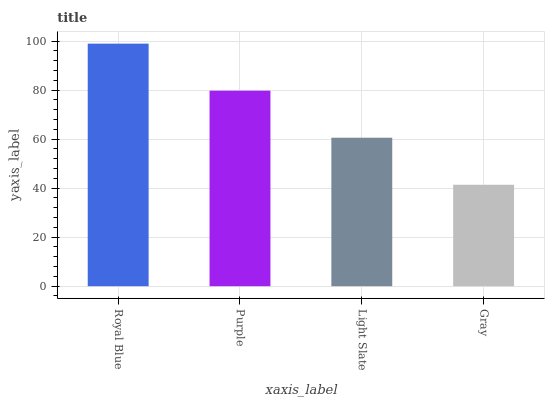
| xaxis_label | bars |
 | --- | --- |
 | Royal Blue | 99 |
 | Purple | 79.8 |
 | Light Slate | 60.6 |
 | Gray | 41.4 |